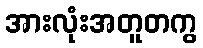
အားလုံးအတူတကွ